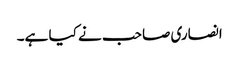
انصاری صاحب نے کیا ہے۔